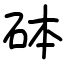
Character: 砵